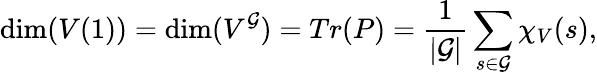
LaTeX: \dim(V(1))=\dim(V^{\mathcal{G}})=Tr(P)={\frac{{1}}{{|\mathcal{G}|}}}\sum_{s\in\mathcal{G}}\chi_{V}(s),